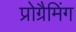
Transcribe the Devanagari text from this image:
प्रोग्रैमिंग